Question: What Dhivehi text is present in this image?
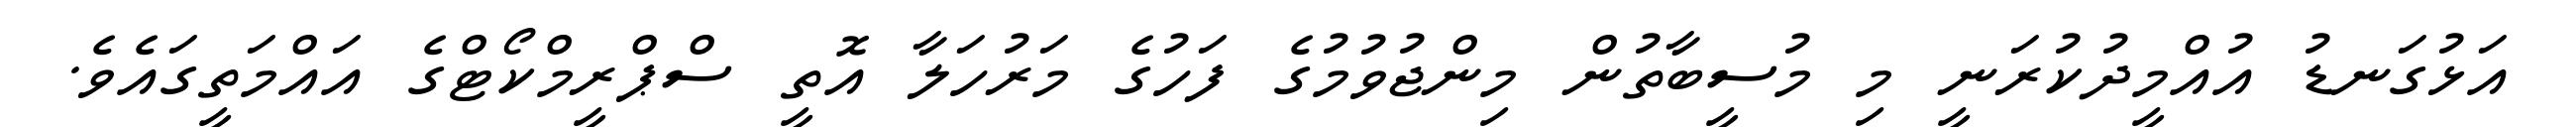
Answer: އަޅުގަނޑު އުއްމީދުކުރަނީ މި މުސީބާތުން މިންޖުވުމުގެ ފަހުގެ މަރުހަލާ އޮތީ ސްޕްރީމްކޯޓްގެ އައްމަތީގައެވެ.